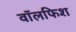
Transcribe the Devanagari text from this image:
वॉलफिश